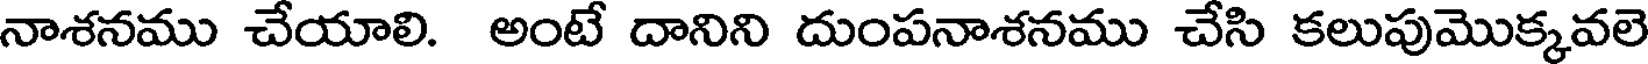
నాశనము చేయాలి. అంటే దానిని దుంపనాశనము చేసి కలుపుమొక్కవలె